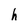
Character: h